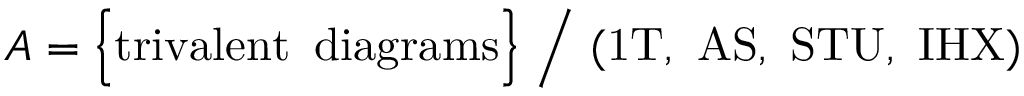
{ \cal A } = \Big \{ \mathrm { t r i v a l e n t \, \, \, d i a g r a m s } \Big \} \, \, \Big / \, \, \mathrm { ( 1 T , \, \, A S , \, \, S T U , \, \, I H X ) }